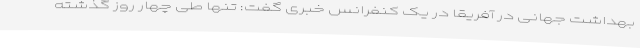
بهداشت جهانی در آفریقا در یک کنفرانس خبری گفت: تنها طی چهار روز گذشته